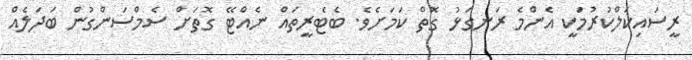
ރީސައިކަލްކުރުމަކީ އެންމެ ރަނގަޅު ގޮތް ކަމަށެވެ. ބެޓެރީތައް ނެއްޓޭ ގޮތަށް ސެމްސަންގުން ބަދަލެއް